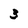
Character: 3